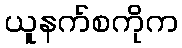
ယူနက်စကိုက